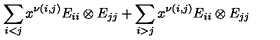
\sum _ { i < j } x ^ { \nu ( i , j ) } E _ { i i } \otimes E _ { j j } + \sum _ { i > j } x ^ { \nu ( i , j ) } E _ { i i } \otimes E _ { j j }